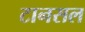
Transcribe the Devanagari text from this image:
टानसल